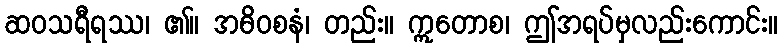
ဆဝသရီရဿ၊ ၏။ အဓိဝစနံ၊ တည်း။ ဣတောစ၊ ဤအရပ်မှလည်းကောင်း။